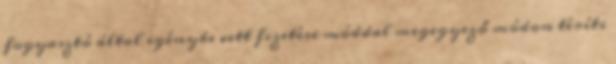
fogyasztó által igénybe vett fizetési móddal megegyező módon téríti